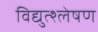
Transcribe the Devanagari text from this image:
विद्युत्श्लेषण